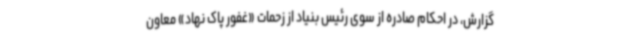
گزارش، در احکام صادره از سوی رئیس بنیاد از زحمات «غفور پاک نهاد» معاون